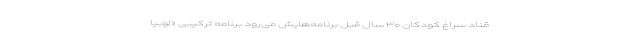
قناد سراغ کودکان ۳۰ سال قبل برنامه‌هایش می‌رود برنامه ترکیبی «لوبیا